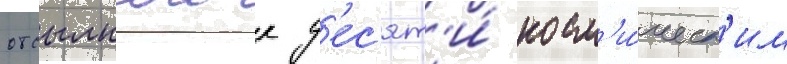
отсылкои к д'ес'ят'и́ косм'и́ческ'им